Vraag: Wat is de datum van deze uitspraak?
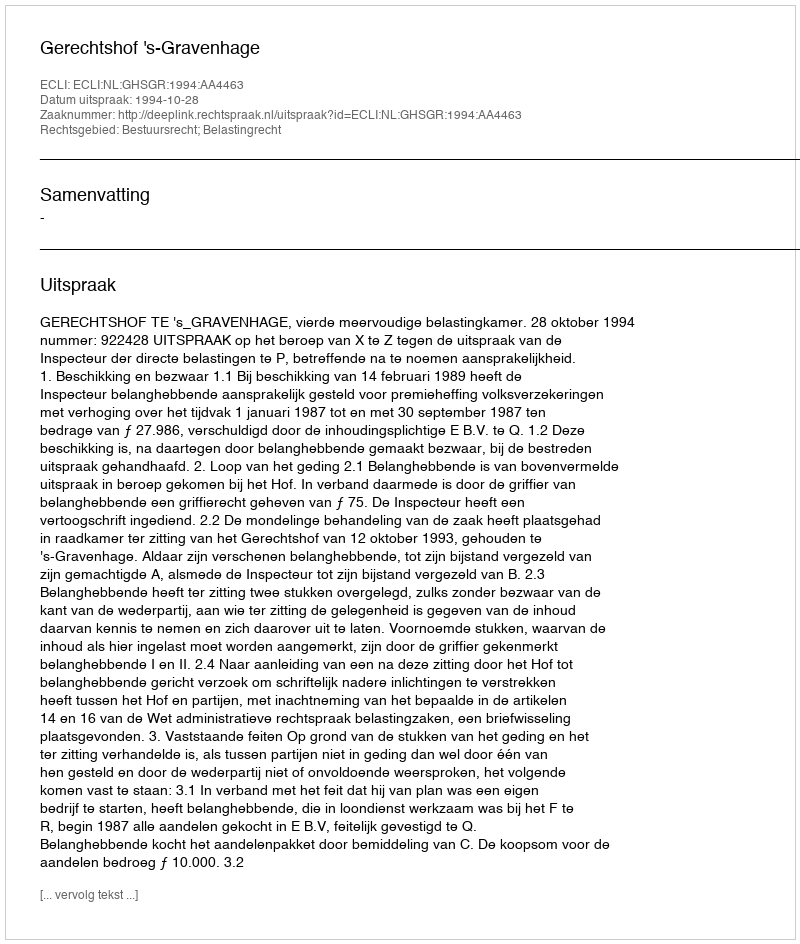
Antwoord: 1994-10-28